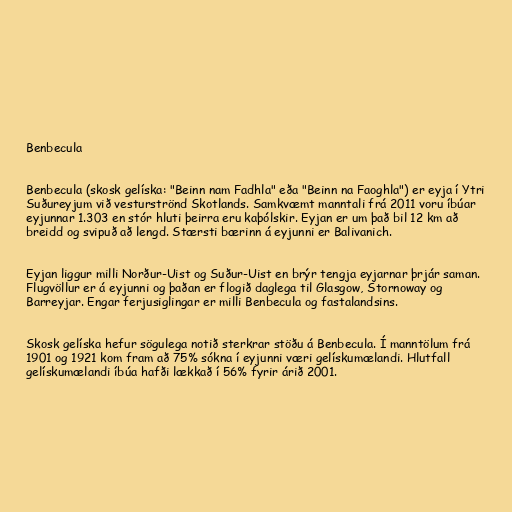
Benbecula

Benbecula (skosk gelíska: "Beinn nam Fadhla" eða "Beinn na Faoghla") er eyja í Ytri
Suðureyjum við vesturströnd Skotlands. Samkvæmt manntali frá 2011 voru íbúar
eyjunnar 1.303 en stór hluti þeirra eru kaþólskir. Eyjan er um það bil 12 km að
breidd og svipuð að lengd. Stærsti bærinn á eyjunni er Balivanich.

Eyjan liggur milli Norður-Uist og Suður-Uist en brýr tengja eyjarnar þrjár saman.
Flugvöllur er á eyjunni og þaðan er flogið daglega til Glasgow, Stornoway og
Barreyjar. Engar ferjusiglingar er milli Benbecula og fastalandsins.

Skosk gelíska hefur sögulega notið sterkrar stöðu á Benbecula. Í manntölum frá
1901 og 1921 kom fram að 75% sókna í eyjunni væri gelískumælandi. Hlutfall
gelískumælandi íbúa hafði lækkað í 56% fyrir árið 2001.